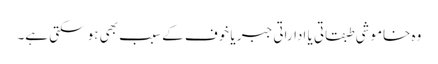
وہ خاموشی طبقاتی یا اداراتی جبر یا خوف کے سبب بھی ہو سکتی ہے۔